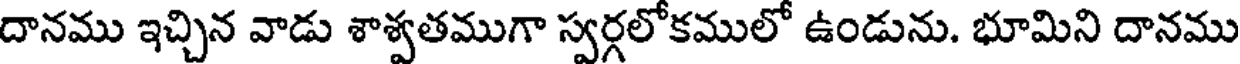
దానము ఇచ్చిన వాడు శాశ్వతముగా స్వర్గలోకములో ఉండును. భూమిని దానము